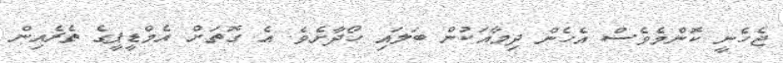
ޖެހެނީ ކޮންމެވެސް އެހެން ދިމާއަކުން ބަލައި ހޯދާށެވެ. އެ ގޮތަށް އެމްޑީޕީގެ ތެރެއިން